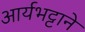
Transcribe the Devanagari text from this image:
आर्यभट्टाने